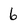
Character: 6